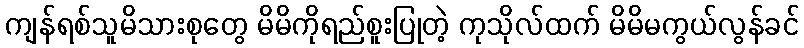
ကျန်ရစ်သူမိသားစုတွေ မိမိကိုရည်စူးပြုတဲ့ ကုသိုလ်ထက် မိမိမကွယ်လွန်ခင်